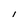
Character: 1